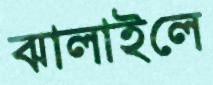
ঝালাইলে